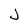
Character: J